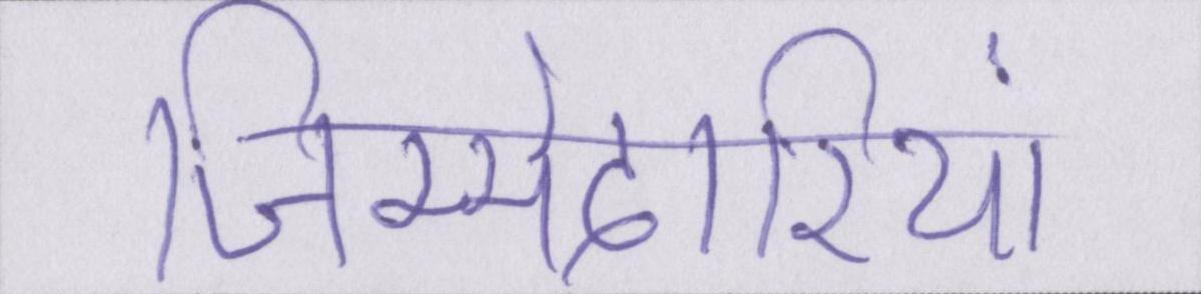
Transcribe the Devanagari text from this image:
जिम्मेदारियां